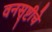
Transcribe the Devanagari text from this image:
वनसृष्टीचे